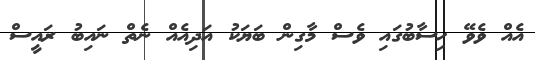
އެއް ވެވޭ ހިސާބުގައި ވެސް މާގިން ބަޔަކު އަދިއެއް ނެތް ނައިބު ރައީސް